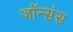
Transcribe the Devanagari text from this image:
जॉन्संस